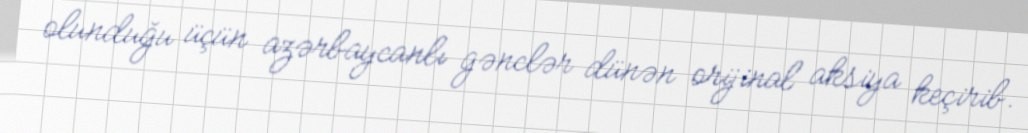
olunduğu üçün azərbaycanlı gənclər dünən orijinal aksiya keçirib.